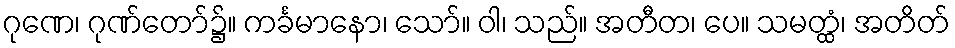
ဂုဏေ၊ ဂုဏ်တော်၌။ ကင်္ခမာနော၊ သော်။ ဝါ၊ သည်။ အတီတ၊ ပေ။ သမတ္ထံ၊ အတိတ်